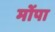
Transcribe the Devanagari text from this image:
मोंपा